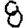
Digit: 8